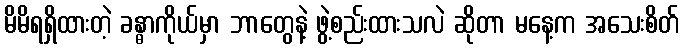
မိမိရရှိထားတဲ့ ခန္ဓာကိုယ်မှာ ဘာတွေနဲ့ ဖွဲ့စည်းထားသလဲ ဆိုတာ မနေ့က အသေးစိတ်